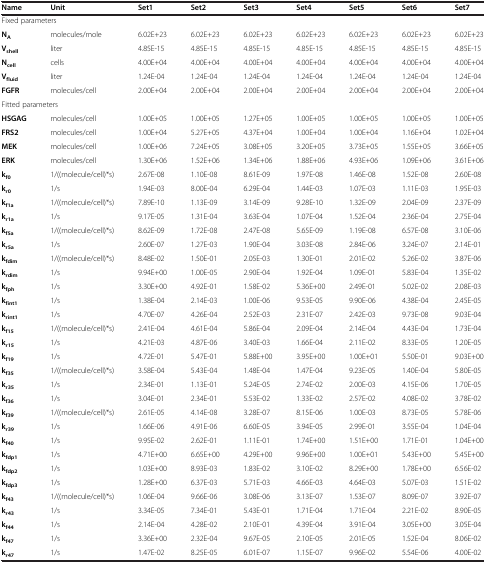
<table><thead><tr><td><b>Name</b></td><td><b>Unit</b></td><td><b>Set1</b></td><td><b>Set2</b></td><td><b>Set3</b></td><td><b>Set4</b></td><td><b>Set5</b></td><td><b>Set6</b></td><td><b>Set7</b></td></tr></thead><tbody><tr><td colspan="9">Fixed parameters</td></tr><tr><td><b>N</b><sub><b>A</b></sub></td><td>molecules/mole</td><td>6.02E+23</td><td>6.02E+23</td><td>6.02E+23</td><td>6.02E+23</td><td>6.02E+23</td><td>6.02E+23</td><td>6.02E+23</td></tr><tr><td><b>V</b><sub><b>shell</b></sub></td><td>liter</td><td>4.85E-15</td><td>4.85E-15</td><td>4.85E-15</td><td>4.85E-15</td><td>4.85E-15</td><td>4.85E-15</td><td>4.85E-15</td></tr><tr><td><b>N</b><sub><b>cell</b></sub></td><td>cells</td><td>4.00E+04</td><td>4.00E+04</td><td>4.00E+04</td><td>4.00E+04</td><td>4.00E+04</td><td>4.00E+04</td><td>4.00E+04</td></tr><tr><td><b>V</b><sub><b>fluid</b></sub></td><td>liter</td><td>1.24E-04</td><td>1.24E-04</td><td>1.24E-04</td><td>1.24E-04</td><td>1.24E-04</td><td>1.24E-04</td><td>1.24E-04</td></tr><tr><td><b>FGFR</b></td><td>molecules/cell</td><td>2.00E+04</td><td>2.00E+04</td><td>2.00E+04</td><td>2.00E+04</td><td>2.00E+04</td><td>2.00E+04</td><td>2.00E+04</td></tr><tr><td colspan="9">Fitted parameters</td></tr><tr><td><b>HSGAG</b></td><td>molecules/cell</td><td>1.00E+05</td><td>1.00E+05</td><td>1.27E+05</td><td>1.00E+05</td><td>1.00E+05</td><td>1.00E+05</td><td>1.00E+05</td></tr><tr><td><b>FRS2</b></td><td>molecules/cell</td><td>1.00E+04</td><td>5.27E+05</td><td>4.37E+04</td><td>1.00E+04</td><td>1.00E+04</td><td>1.16E+04</td><td>1.02E+04</td></tr><tr><td><b>MEK</b></td><td>molecules/cell</td><td>1.00E+06</td><td>7.24E+05</td><td>3.08E+05</td><td>3.20E+05</td><td>3.73E+05</td><td>1.55E+05</td><td>3.66E+05</td></tr><tr><td><b>ERK</b></td><td>molecules/cell</td><td>1.30E+06</td><td>1.52E+06</td><td>1.34E+06</td><td>1.88E+06</td><td>4.93E+06</td><td>1.09E+06</td><td>3.61E+06</td></tr><tr><td><b>k</b><sub><b>f0</b></sub></td><td>1/((molecule/cell)*s)</td><td>2.67E-08</td><td>1.10E-08</td><td>8.61E-09</td><td>1.97E-08</td><td>1.46E-08</td><td>1.52E-08</td><td>2.60E-08</td></tr><tr><td><b>k</b><sub><b>r0</b></sub></td><td>1/s</td><td>1.94E-03</td><td>8.00E-04</td><td>6.29E-04</td><td>1.44E-03</td><td>1.07E-03</td><td>1.11E-03</td><td>1.95E-03</td></tr><tr><td><b>k</b><sub><b>f1a</b></sub></td><td>1/((molecule/cell)*s)</td><td>7.89E-10</td><td>1.13E-09</td><td>3.14E-09</td><td>9.28E-10</td><td>1.32E-09</td><td>2.04E-09</td><td>2.37E-09</td></tr><tr><td><b>k</b><sub><b>r1a</b></sub></td><td>1/s</td><td>9.17E-05</td><td>1.31E-04</td><td>3.63E-04</td><td>1.07E-04</td><td>1.52E-04</td><td>2.36E-04</td><td>2.75E-04</td></tr><tr><td><b>k</b><sub><b>f5a</b></sub></td><td>1/((molecule/cell)*s)</td><td>8.62E-09</td><td>1.72E-08</td><td>2.47E-08</td><td>5.65E-09</td><td>1.19E-08</td><td>6.57E-08</td><td>3.10E-06</td></tr><tr><td><b>k</b><sub><b>r5a</b></sub></td><td>1/s</td><td>2.60E-07</td><td>1.27E-03</td><td>1.90E-04</td><td>3.03E-08</td><td>2.84E-06</td><td>3.24E-07</td><td>2.14E-01</td></tr><tr><td><b>k</b><sub><b>fdim</b></sub></td><td>1/((molecule/cell)*s)</td><td>8.48E-02</td><td>1.50E-01</td><td>2.05E-03</td><td>1.30E-01</td><td>2.01E-02</td><td>5.26E-02</td><td>3.87E-06</td></tr><tr><td><b>k</b><sub><b>rdim</b></sub></td><td>1/s</td><td>9.94E+00</td><td>1.00E-05</td><td>2.90E-04</td><td>1.92E-04</td><td>1.09E-01</td><td>5.83E-04</td><td>1.35E-02</td></tr><tr><td><b>k</b><sub><b>fph</b></sub></td><td>1/s</td><td>3.30E+00</td><td>4.92E-01</td><td>1.58E-02</td><td>5.36E+00</td><td>2.49E-01</td><td>5.02E-02</td><td>2.08E-03</td></tr><tr><td><b>k</b><sub><b>fint1</b></sub></td><td>1/s</td><td>1.38E-04</td><td>2.14E-03</td><td>1.00E-06</td><td>9.53E-05</td><td>9.90E-06</td><td>4.38E-04</td><td>2.45E-05</td></tr><tr><td><b>k</b><sub><b>rint1</b></sub></td><td>1/s</td><td>4.70E-07</td><td>4.26E-04</td><td>2.52E-03</td><td>2.31E-07</td><td>2.42E-03</td><td>9.73E-08</td><td>9.03E-04</td></tr><tr><td><b>k</b><sub><b>f15</b></sub></td><td>1/((molecule/cell)*s)</td><td>2.41E-04</td><td>4.61E-04</td><td>5.86E-04</td><td>2.09E-04</td><td>2.14E-04</td><td>4.43E-04</td><td>1.73E-04</td></tr><tr><td><b>k</b><sub><b>r15</b></sub></td><td>1/s</td><td>4.21E-03</td><td>4.87E-06</td><td>3.40E-03</td><td>1.66E-04</td><td>2.11E-02</td><td>8.33E-05</td><td>1.20E-05</td></tr><tr><td><b>k</b><sub><b>f19</b></sub></td><td>1/s</td><td>4.72E-01</td><td>5.47E-01</td><td>5.88E+00</td><td>3.95E+00</td><td>1.00E+01</td><td>5.50E-01</td><td>9.03E+00</td></tr><tr><td><b>k</b><sub><b>f35</b></sub></td><td>1/((molecule/cell)*s)</td><td>3.58E-04</td><td>5.43E-04</td><td>1.48E-04</td><td>1.47E-04</td><td>9.23E-05</td><td>1.40E-04</td><td>5.80E-05</td></tr><tr><td><b>k</b><sub><b>r35</b></sub></td><td>1/s</td><td>2.34E-01</td><td>1.13E-01</td><td>5.24E-05</td><td>2.74E-02</td><td>2.00E-03</td><td>4.15E-06</td><td>1.70E-05</td></tr><tr><td><b>k</b><sub><b>f36</b></sub></td><td>1/s</td><td>3.04E-01</td><td>2.34E-01</td><td>5.53E-02</td><td>1.33E-02</td><td>2.57E-02</td><td>4.08E-02</td><td>3.78E-02</td></tr><tr><td><b>k</b><sub><b>f39</b></sub></td><td>1/((molecule/cell)*s)</td><td>2.61E-05</td><td>4.14E-08</td><td>3.28E-07</td><td>8.15E-06</td><td>1.00E-03</td><td>8.73E-05</td><td>5.78E-06</td></tr><tr><td><b>k</b><sub><b>r39</b></sub></td><td>1/s</td><td>1.66E-06</td><td>4.91E-06</td><td>6.60E-05</td><td>3.94E-05</td><td>2.99E-01</td><td>3.55E-04</td><td>1.04E-04</td></tr><tr><td><b>k</b><sub><b>f40</b></sub></td><td>1/s</td><td>9.95E-02</td><td>2.62E-01</td><td>1.11E-01</td><td>1.74E+00</td><td>1.51E+00</td><td>1.71E-01</td><td>1.04E+00</td></tr><tr><td><b>k</b><sub><b>fdp1</b></sub></td><td>1/s</td><td>4.71E+00</td><td>6.65E+00</td><td>4.29E+00</td><td>9.96E+00</td><td>1.00E+01</td><td>5.43E+00</td><td>5.45E+00</td></tr><tr><td><b>k</b><sub><b>fdp2</b></sub></td><td>1/s</td><td>1.03E+00</td><td>8.93E-03</td><td>1.83E-02</td><td>3.10E-02</td><td>8.29E+00</td><td>1.78E+00</td><td>6.56E-02</td></tr><tr><td><b>k</b><sub><b>fdp3</b></sub></td><td>1/s</td><td>1.28E+00</td><td>6.37E-03</td><td>5.71E-03</td><td>4.66E-03</td><td>4.64E-03</td><td>5.07E-03</td><td>1.51E-02</td></tr><tr><td><b>k</b><sub><b>f43</b></sub></td><td>1/((molecule/cell)*s)</td><td>1.06E-04</td><td>9.66E-06</td><td>3.08E-06</td><td>3.13E-07</td><td>1.53E-07</td><td>8.09E-07</td><td>3.92E-07</td></tr><tr><td><b>k</b><sub><b>r43</b></sub></td><td>1/s</td><td>3.34E-05</td><td>7.34E-01</td><td>5.43E-01</td><td>1.71E-04</td><td>1.71E-04</td><td>2.21E-02</td><td>8.90E-05</td></tr><tr><td><b>k</b><sub><b>f44</b></sub></td><td>1/s</td><td>2.14E-04</td><td>4.28E-02</td><td>2.10E-01</td><td>4.39E-04</td><td>3.91E-04</td><td>3.05E+00</td><td>3.05E-04</td></tr><tr><td><b>k</b><sub><b>f47</b></sub></td><td>1/s</td><td>3.36E+00</td><td>2.32E-04</td><td>9.67E-05</td><td>2.10E-05</td><td>2.01E-05</td><td>1.52E-04</td><td>8.06E-02</td></tr><tr><td><b>k</b><sub><b>r47</b></sub></td><td>1/s</td><td>1.47E-02</td><td>8.25E-05</td><td>6.01E-07</td><td>1.15E-07</td><td>9.96E-02</td><td>5.54E-06</td><td>4.00E-02</td></tr></tbody></table>